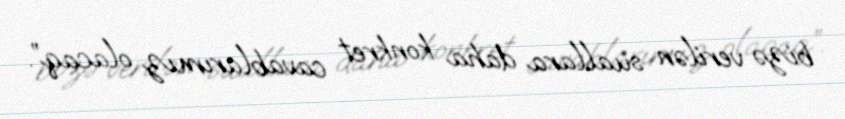
bizə verilən suallara daha konkret cavablarımız olacaq”.